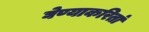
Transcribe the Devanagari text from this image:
घेण्याकरितां